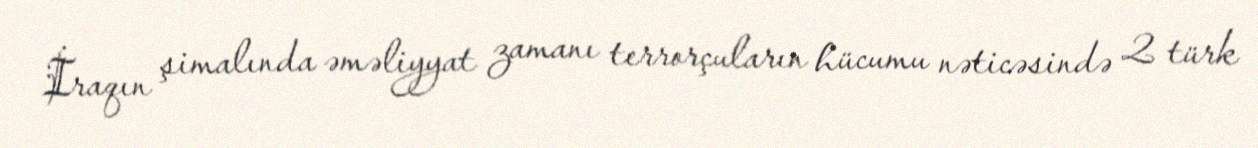
İraqın şimalında əməliyyat zamanı terrorçuların hücumu nəticəsində 2 türk